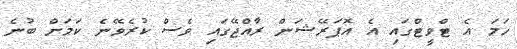
ހަމަ އެ ޓްވީޓްގައި އެ އޮޕަރޭޝަން ރާއްޖޭގައި ވެސް ކުރެވޭނެ ކަމަށް ބުނެ